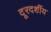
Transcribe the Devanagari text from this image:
दूरदर्शीय